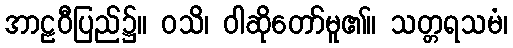
အာဠဝီပြည်၌။ ဝသိ၊ ဝါဆိုတော်မူ၏။ သတ္တရသမံ၊